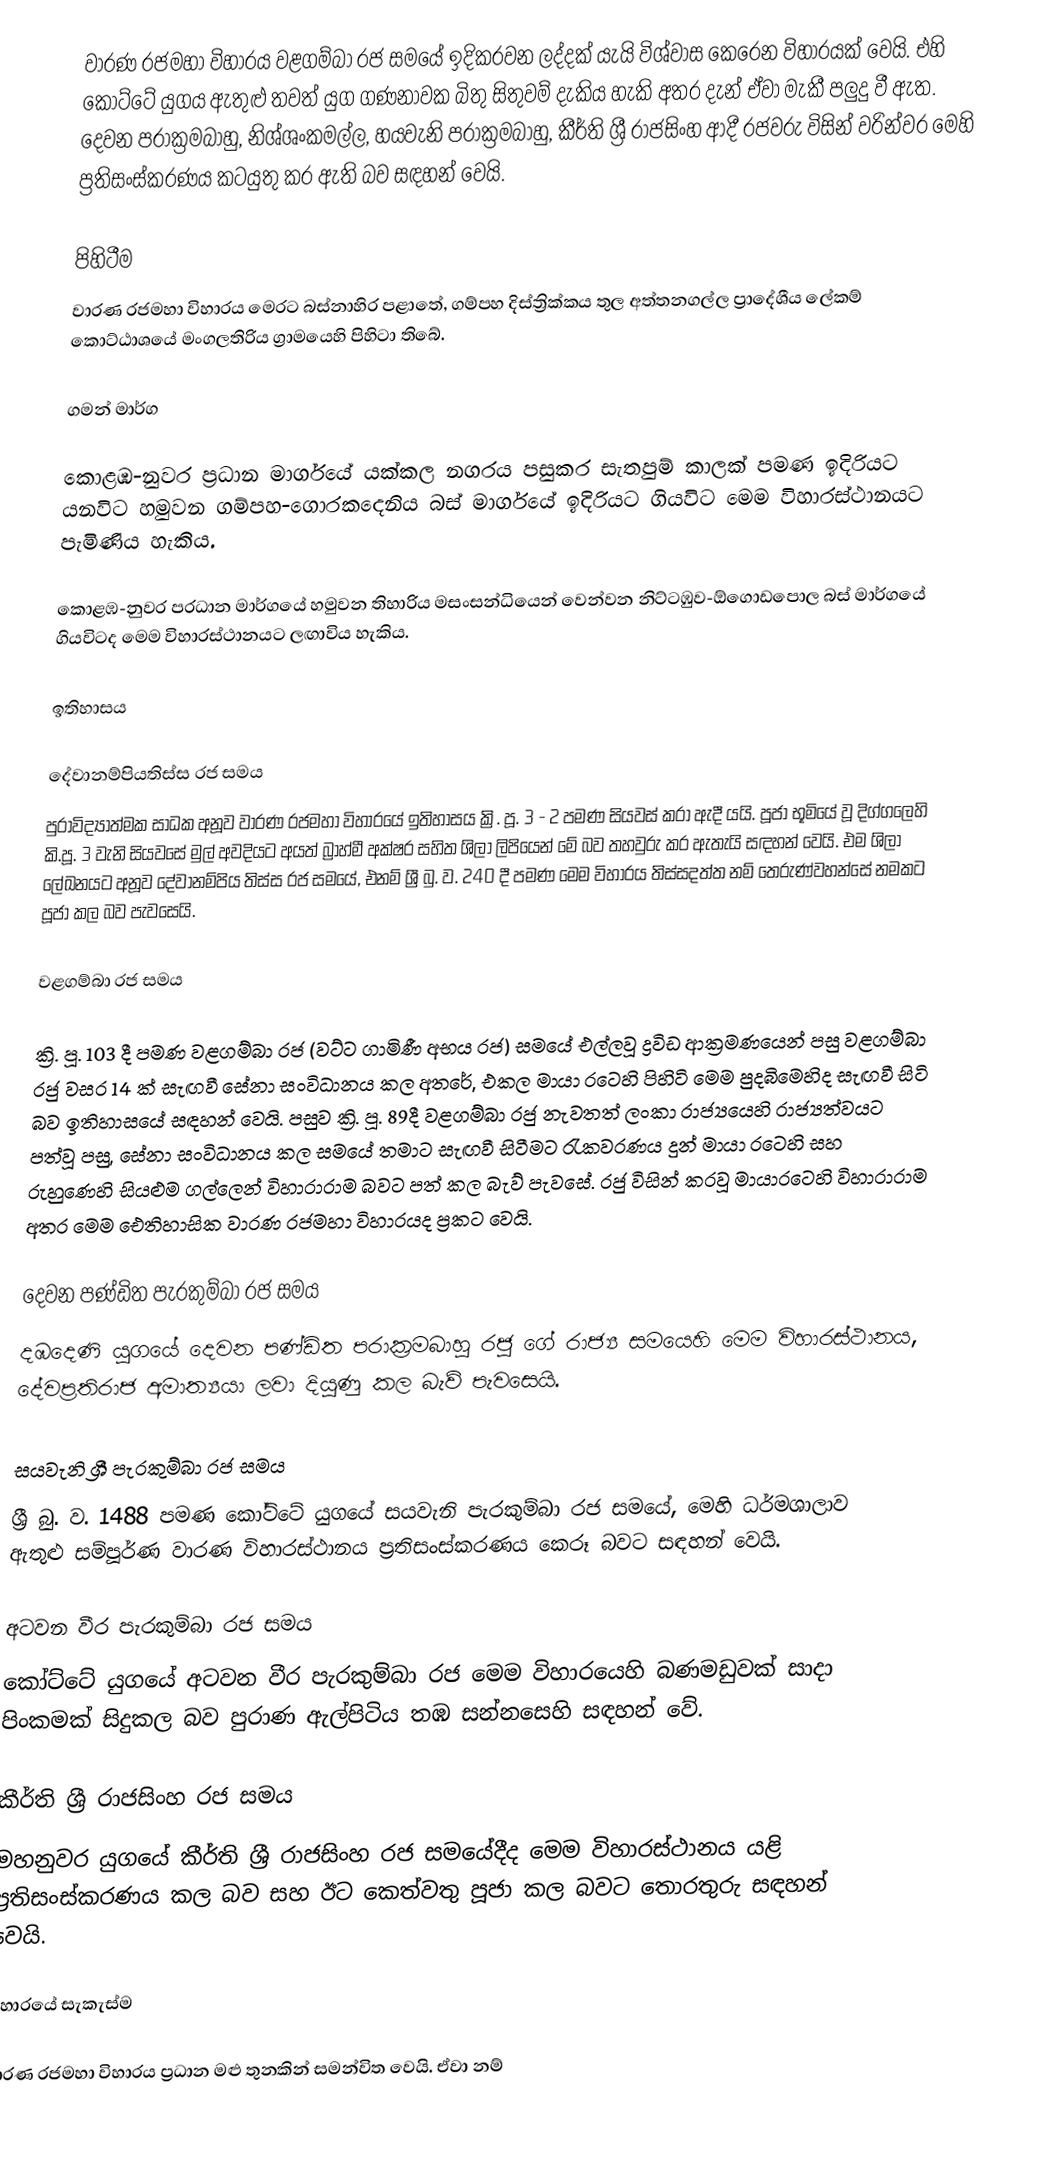
වාරණ රජමහා විහාරය වළගම්බා රජ සමයේ ඉදිකරවන ලද්දක් යැයි විශ්වාස කෙරෙන විහාරයක් වෙයි. එහි කෝට්ටේ යුග‍ය ඇතුළු තවත් යුග ගණනාවක බිතු සිතුවම් දැකිය හැකි අතර දැන් ඒවා මැකී පලුදු වී ඇත. දෙවන පරාක්‍රමබාහු, නිශ්ශංකමල්ල, හයවැනි පරාක්‍රමබාහු, කීර්ති ශ්‍රී රාජසිංහ ආදී රජවරු විසින් වරින්වර මෙහි ප්‍රතිසංස්කරණය කටයුතු කර ඇති බව සඳහන් වෙයි.

පිහිටීම
වාරණ රජමහා විහාරය මෙරට බස්නාහිර පළාතේ, ගම්පහ දිස්ත්‍රික්කය තුල අත්තනගල්ල ප්‍රාදේශීය ලේකම් කොට්ඨාශයේ මංගලතිරිය ග්‍රාමයෙහි පිහිටා තිබේ.

ගමන් මාර්ග

කොළඹ-නුවර ප‍්‍රධාන මාර්ගයේ යක්කල නගරය පසුකර සැතපුම් කාලක් පමණ ඉදිරියට යනවිට හමුවන ගම්පහ-ගොරකදෙනිය බස් මාර්ගයේ ඉදිරියට ගියවිට මෙම විහාරස්ථානයට පැමිණිය හැකිය.

කොළඹ-නුවර ප‍්‍රධාන මාර්ගයේ හමුවන තිහාරිය මසංසන්ධියෙන් වෙන්වන නිට්ටඹුව-ඕගොඩපොල බස් මාර්ගයේ ගියවිටද මෙම විහාරස්ථානයට ලඟාවිය හැකිය.

ඉතිහාසය

දේවානම්පියතිස්ස රජ සමය
පුරාවිද්‍යාත්මක සාධක අනූව වාරණ රජමහා විහාරයේ ඉතිහාසය ක්‍රි. පූ. 3 - 2 පමණ සියවස් කරා ඇදී යයි. පූජා භූමියේ වූ දිග්ගලෙහි කි.පූ. 3 වැනි සියවසේ මුල් අවදියට අයත් බ්‍රාහ්මී අක්ෂර සහිත ශිලා ලිපියෙන් මේ බව තහවුරු කර ඇතැයි සඳහන් වෙයි. එම ශිලා ලේඛනයට අනූව දේවානම්පිය තිස්ස රජ සමයේ, එනම් ශ්‍රී බු. ව. 240 දී පමණ මෙම විහාරය තිස්සදත්ත නම් තෙරුණ්වහන්සේ නමකට පූජා කල බව පැවසෙයි.

වළගම්බා රජ සමය

ක්‍රි. පූ. 103 දී පමණ වළගම්බා රජ (වට්ට ගාමිණී අභය රජ) සමයේ එල්ලවූ ද්‍රවිඩ ආක්‍රමණයෙන් පසු වළගම්බා රජු වසර 14 ක් සැඟවී සේනා සංවිධානය කල අතරේ, එකල මායා රටෙහි පිහිටි මෙම පුදබිමෙහිද සැඟවී සිටි බව ඉතිහාසයේ සඳහන් වෙයි. පසුව ක්‍රි. පූ. 89දී වළගම්බා රජු නැවතත් ලංකා රාජ්‍යයෙහි රාජ්‍යත්වයට පත්වූ පසු, සේනා සංවිධානය කල සමයේ තමාට සැඟවී සිටීමට රැකවරණය දුන් මායා රටෙහි සහ රුහුණෙහි සියළුම ගල්ලෙන් විහාරාරාම බවට පත් කල බැව් පැවසේ. රජු විසින් කරවූ මායාරටෙහි විහාරාරාම අතර මෙම ඓතිහාසික වාරණ රජමහා විහාරයද ප්‍රකට වෙයි.

දෙවන පණ්ඩිත පැරකුම්බා රජ සමය
දඹදෙණි යුගයේ දෙවන පණ්ඩිත පරාක‍්‍රමබාහු රජු ගේ රාජ්‍ය සමයෙහි මෙම විහාරස්ථානය, දේවප‍්‍රතිරාජ අමාත්‍යයා ලවා දියුණු කල බැව් පැවසෙයි.

සයවැනි ශ්‍රී පැරකුම්බා රජ සමය
ශ්‍රී බු. ව. 1488 පමණ කෝට්ටේ යුගයේ සයවැනි පැරකුම්බා රජ සමයේ, මෙහි ධර්මශාලාව ඇතුළු සම්පූර්ණ වාරණ විහාරස්ථානය ප්‍රතිසංස්කරණය කෙරූ බවට සඳහන් වෙයි.

අටවන වීර පැරකුම්බා රජ සමය
කෝට්ටේ යුගයේ අටවන වීර පැරකුම්බා රජ මෙම විහාරයෙහි බණමඩුවක් සාදා පිංකමක් සිදුකල බව පුරාණ ඇල්පිටිය තඹ සන්නසෙහි සඳහන් වේ.

කීර්ති ශ්‍රී රාජසිංහ රජ සමය
මහනුවර යුගයේ කීර්ති ශ්‍රී රාජසිංහ රජ සමයේදීද මෙම විහාරස්ථානය යළි ප්‍රතිසංස්කරණය කල බව සහ ඊට කෙත්වතු පූජා කල බවට තොරතුරු සඳහන් වෙයි.

විහාරයේ සැකැස්ම

වාරණ රජමහා විහාරය ප්‍රධාන මළු තුනකින් සමන්විත වෙයි. ඒවා නම්